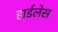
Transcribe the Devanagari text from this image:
हार्डलेस